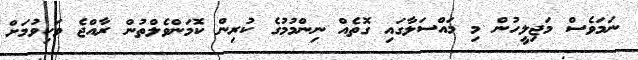
ނަމަވެސް މަޖިލީހުން މި މައްސަލާގައި ގޮތެއް ނިންމުމުގެ ކުރިން ކޮމަންވެލްތުން ރާއްޖެ ވަކިވުމަށް